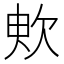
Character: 𣢧